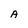
Character: A